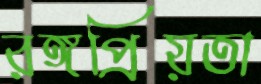
রঙ্গপ্রিয়তা